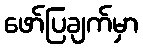
ဖော်ပြချက်မှာ